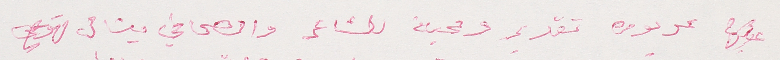
عليها عربون تقدير ومحبة للشاعر والصحافي ميشال قهوجي